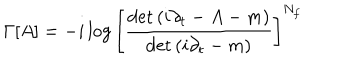
\Gamma [ A ] = - i \log \left[ { \frac { \det \left( i \partial _ { t } - A - m \right) } { \det \left( i \partial _ { t } - m \right) } } \right] ^ { N _ { f } }